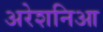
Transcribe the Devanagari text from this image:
अरेशनिआ